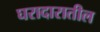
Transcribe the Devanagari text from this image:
घरादारातील